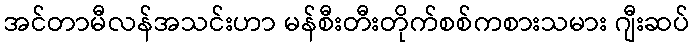
အင်တာမီလန်အသင်းဟာ မန်စီးတီးတိုက်စစ်ကစားသမား ဂျီးဆပ်